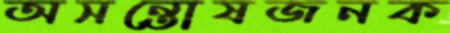
অসন্তোষজনক